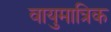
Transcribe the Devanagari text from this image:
वायुमात्रिक